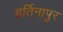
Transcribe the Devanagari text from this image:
हर्तिनापुर